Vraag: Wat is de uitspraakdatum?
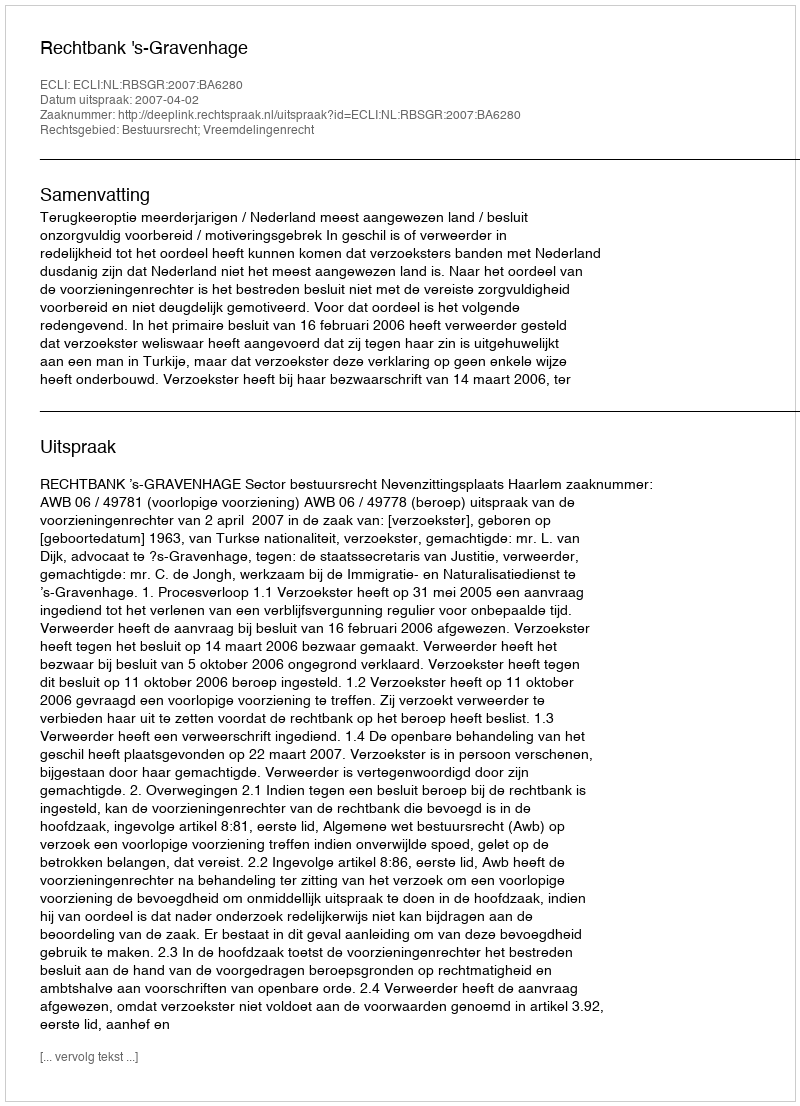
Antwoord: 2007-04-02